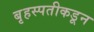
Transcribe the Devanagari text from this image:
बृहस्पतीकडून